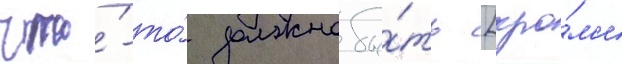
что́-то́ должно бы́ть [кро́м'е